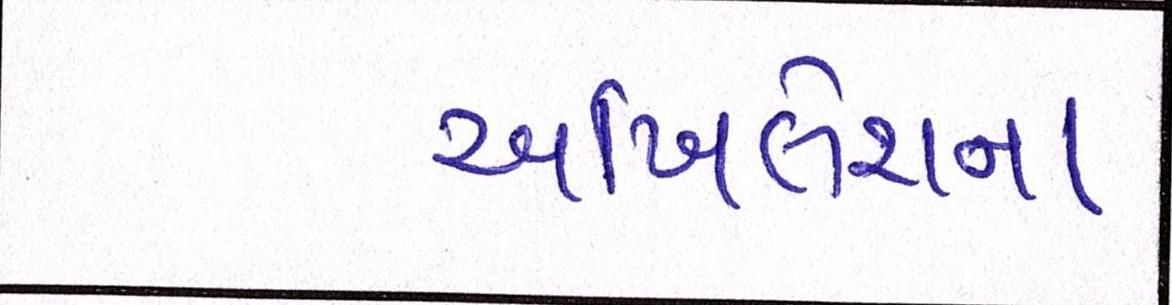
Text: અખિલેશના